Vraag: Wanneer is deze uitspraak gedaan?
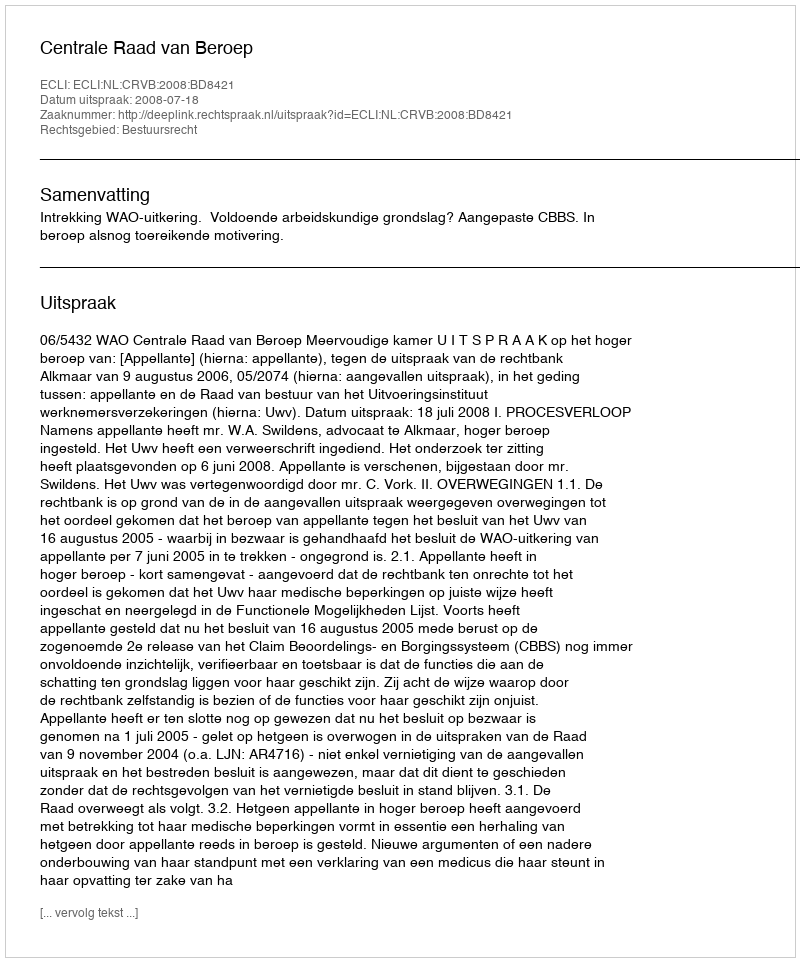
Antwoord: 2008-07-18